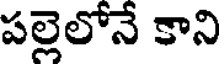
పల్లెలోనే కాని